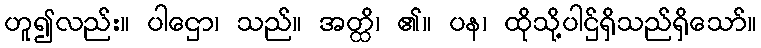
ဟူ၍လည်း။ ပါဌော၊ သည်။ အတ္ထိ၊ ၏။ ပန၊ ထိုသို့ပါဌ်ရှိသည်ရှိသော်။